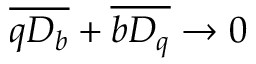
\overline { { q { \cal D } _ { b } } } + \overline { { b { \cal D } _ { q } } } \to 0